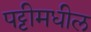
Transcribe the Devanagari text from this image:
पट्टीमधील